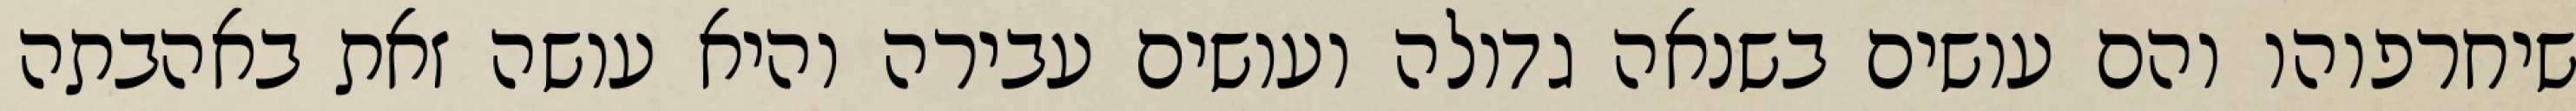
שיחרפוהו והם עושים בשנאה גדולה ועושים עבירה והיא עושה זאת באהבתה